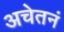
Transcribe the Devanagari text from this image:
अचेतनं